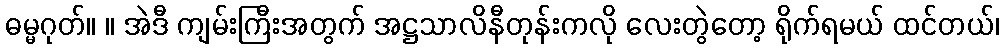
ဓမ္မဂုတ်။ ။ အဲဒီ ကျမ်းကြီးအတွက် အဋ္ဌသာလိနီတုန်းကလို လေးတွဲတော့ ရိုက်ရမယ် ထင်တယ်၊